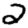
Digit: 2